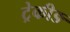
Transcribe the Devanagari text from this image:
ट्रेकीङ